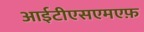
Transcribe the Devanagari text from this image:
आईटीएसएमएफ़